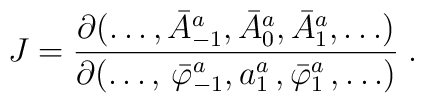
J = \frac { \partial (\ldots,     \bar A_{-1}^a, \bar A_0^a, \bar A_1^a, \ldots ) }     { \partial (\ldots, \,     \bar \varphi_{-1}^a, a_1^a\,, \bar \varphi_1^a \,, \ldots ) } \;.